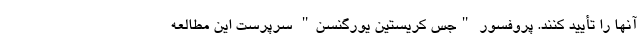
آنها را تأیید کنند. پروفسور "جس کریستین یورگنسن" سرپرست این مطالعه